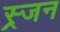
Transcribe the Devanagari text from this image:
स्र्जन